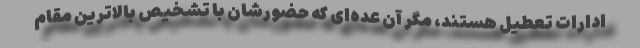
ادارات تعطیل هستند، مگر آن عده‌ای که حضورشان با تشخیص بالاترین مقام